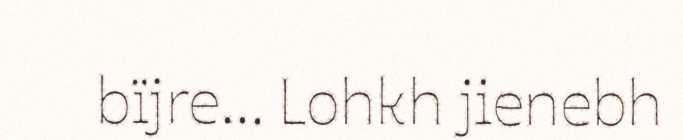
bïjre... Lohkh jienebh